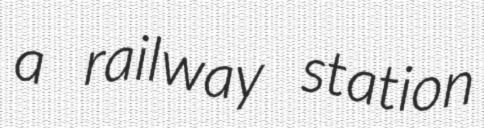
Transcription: a railway station